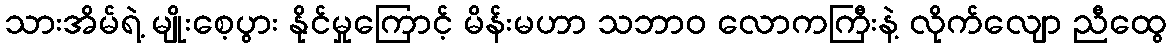
သားအိမ်ရဲ့ မျိုးစေ့ပွား နိုင်မှုကြောင့် မိန်းမဟာ သဘာဝ လောကကြီးနဲ့ လိုက်လျော ညီထွေ